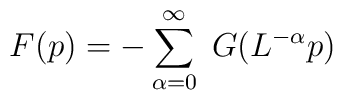
F(p)=-\sum_{\alpha=0}^{\infty}\;G(L^{-\alpha}p)